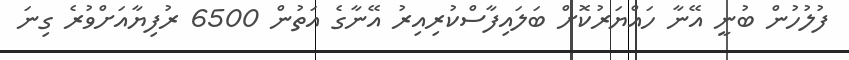
ފުލުހުން ބުނީ އޭނާ ހައްޔަރުކޮށް ބަލައިފާސްކުރިއިރު އޭނާގެ އަތުން 6500 ރުފިޔާއަށްވުރެ ގިނަ